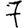
Digit: 7